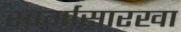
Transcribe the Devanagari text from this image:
स्वर्गासारखा